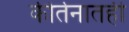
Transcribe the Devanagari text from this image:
कीर्तनातही